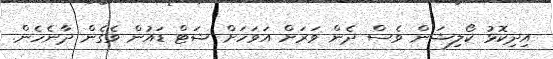
އިދިކޮޅު ކޯލިޝަން ވެސް ދެން ވަރަށް އަވަހަށް ޝަޓް ޑައުން ވެގެން ދާނެހެން.